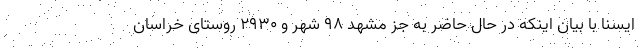
ایسنا با بیان اینکه در حال حاضر به جز مشهد ۹۸ شهر و ۲۹۳۰ روستای خراسان